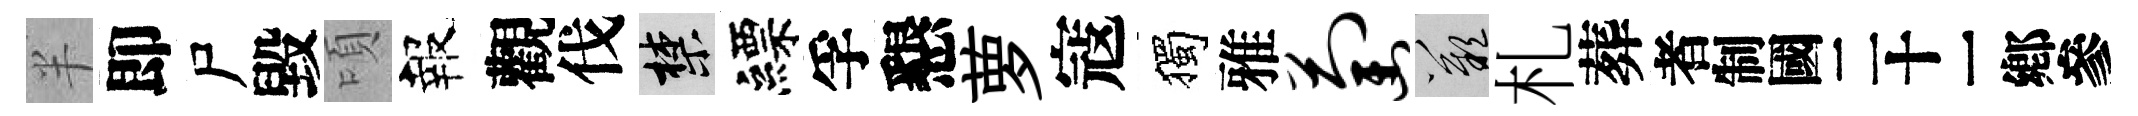
半即尸毀頃報觀伐禁縹孚懇萝寇獨雅萄嘆札葬识